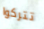
تتركوا